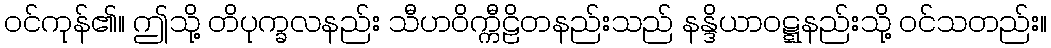
ဝင်ကုန်၏။ ဤသို့ တိပုက္ခလနည်း သီဟဝိက္ကီဠိတနည်းသည် နန္ဒိယာဝဋ္ဋနည်းသို့ ဝင်သတည်း။